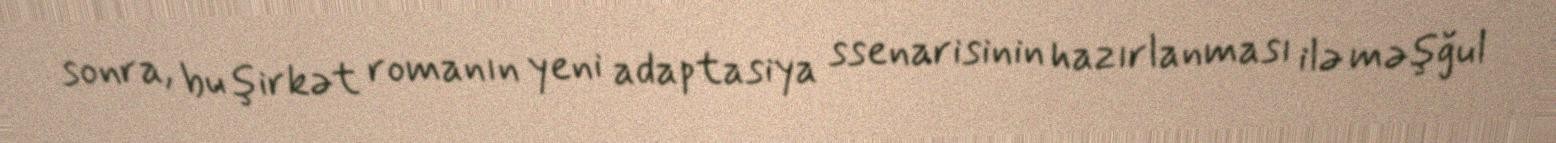
sonra, bu şirkət romanın yeni adaptasiya ssenarisinin hazırlanması ilə məşğul